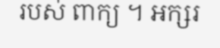
របស់ ពាក្យ ។ អក្សរ